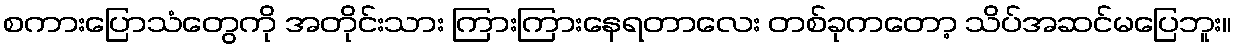
စကားပြောသံတွေကို အတိုင်းသား ကြားကြားနေရတာလေး တစ်ခုကတော့ သိပ်အဆင်မပြေဘူး။